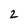
Character: 2